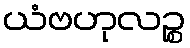
ယံဗဟုလဉ္စ